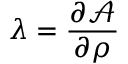
\lambda = \frac { \partial \mathcal { A } } { \partial \rho }